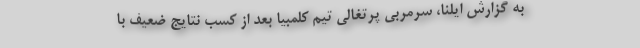
به گزارش ایلنا، سرمربی پرتغالی تیم کلمبیا بعد از کسب نتایج ضعیف با